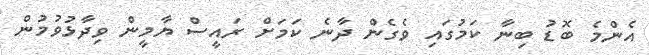
އެންމެ ބޮޑު ބިނާ ކަމުގައި ވެގެން ދާނެ ކަމަށް ރައީސް ޔާމީން ވިދާޅުވުމުން